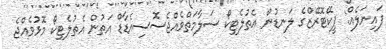
ފައިނަލެއް: ޕީކޭޓޮރޭޒްގެ ލަނޑުން އެތުލެޓިކޯ ސަލާމަތްވެއްޖެސޮސިއެޑާޑް އަތުން އެތުލެޓިކޯ މޮޅުވެއްޖެ